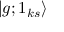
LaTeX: | g ; 1 _ { k s } \rangle